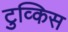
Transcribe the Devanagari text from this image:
टुव्किस